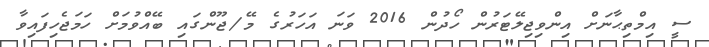
ސީ އިމްތިޙާނަށް އިންވިޖިލޭޓަރުން ހޯދުން 2016 ވަނަ އަހަރުގެ މޭ/ޖޫންގައި ބޭއްވުމަށް ހަމަޖެހިފައިވާ